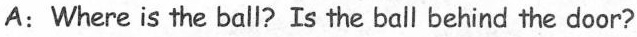
A: Where is the ball? Is the ball behind the door?